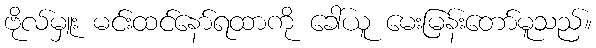
ဗိုလ်မှူး မင်းထင်နော်ရထာကို ခေါ်ယူ မေးမြန်းတော်မူသည်။